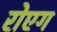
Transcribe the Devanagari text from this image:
रोएग